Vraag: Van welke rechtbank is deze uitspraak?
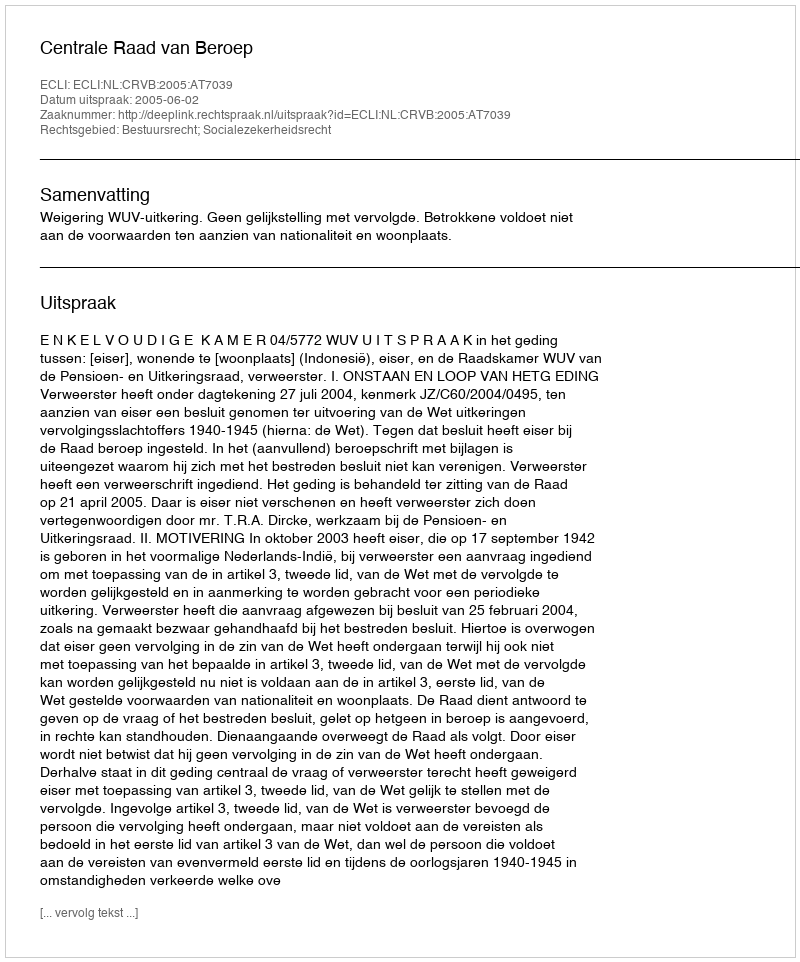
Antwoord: Centrale Raad van Beroep